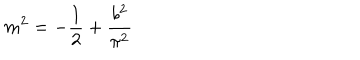
m ^ { 2 } = - \frac { 1 } { 2 } + \frac { b ^ { 2 } } { \pi ^ { 2 } }